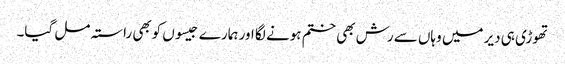
تھوڑی ہی دیر میں وہاں سے رش بھی ختم ہونے لگا اور ہمارے جیسوں کوبھی راستہ مل گیا۔